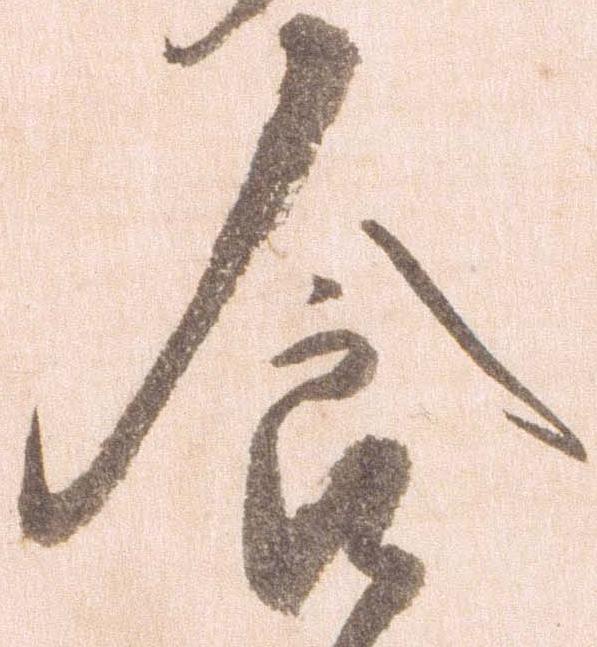
食